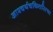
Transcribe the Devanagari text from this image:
आश्चर्यचकितरित्या